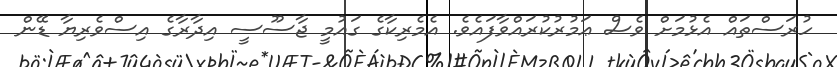
ހުރަސްތައް އެޅުމަށް ވެސް ޢަމުރުކުރައްވާފައެވެ. އެމެރިކާގެ ގައުމީ ޖާސޫސީ އިދާރާގެ އިސްވެރިޔާ ޑޭން